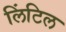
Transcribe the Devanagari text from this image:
लिंटिल